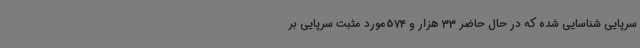
سرپایی شناسایی شده که در حال حاضر 33 هزار و 574مورد مثبت سرپایی بر